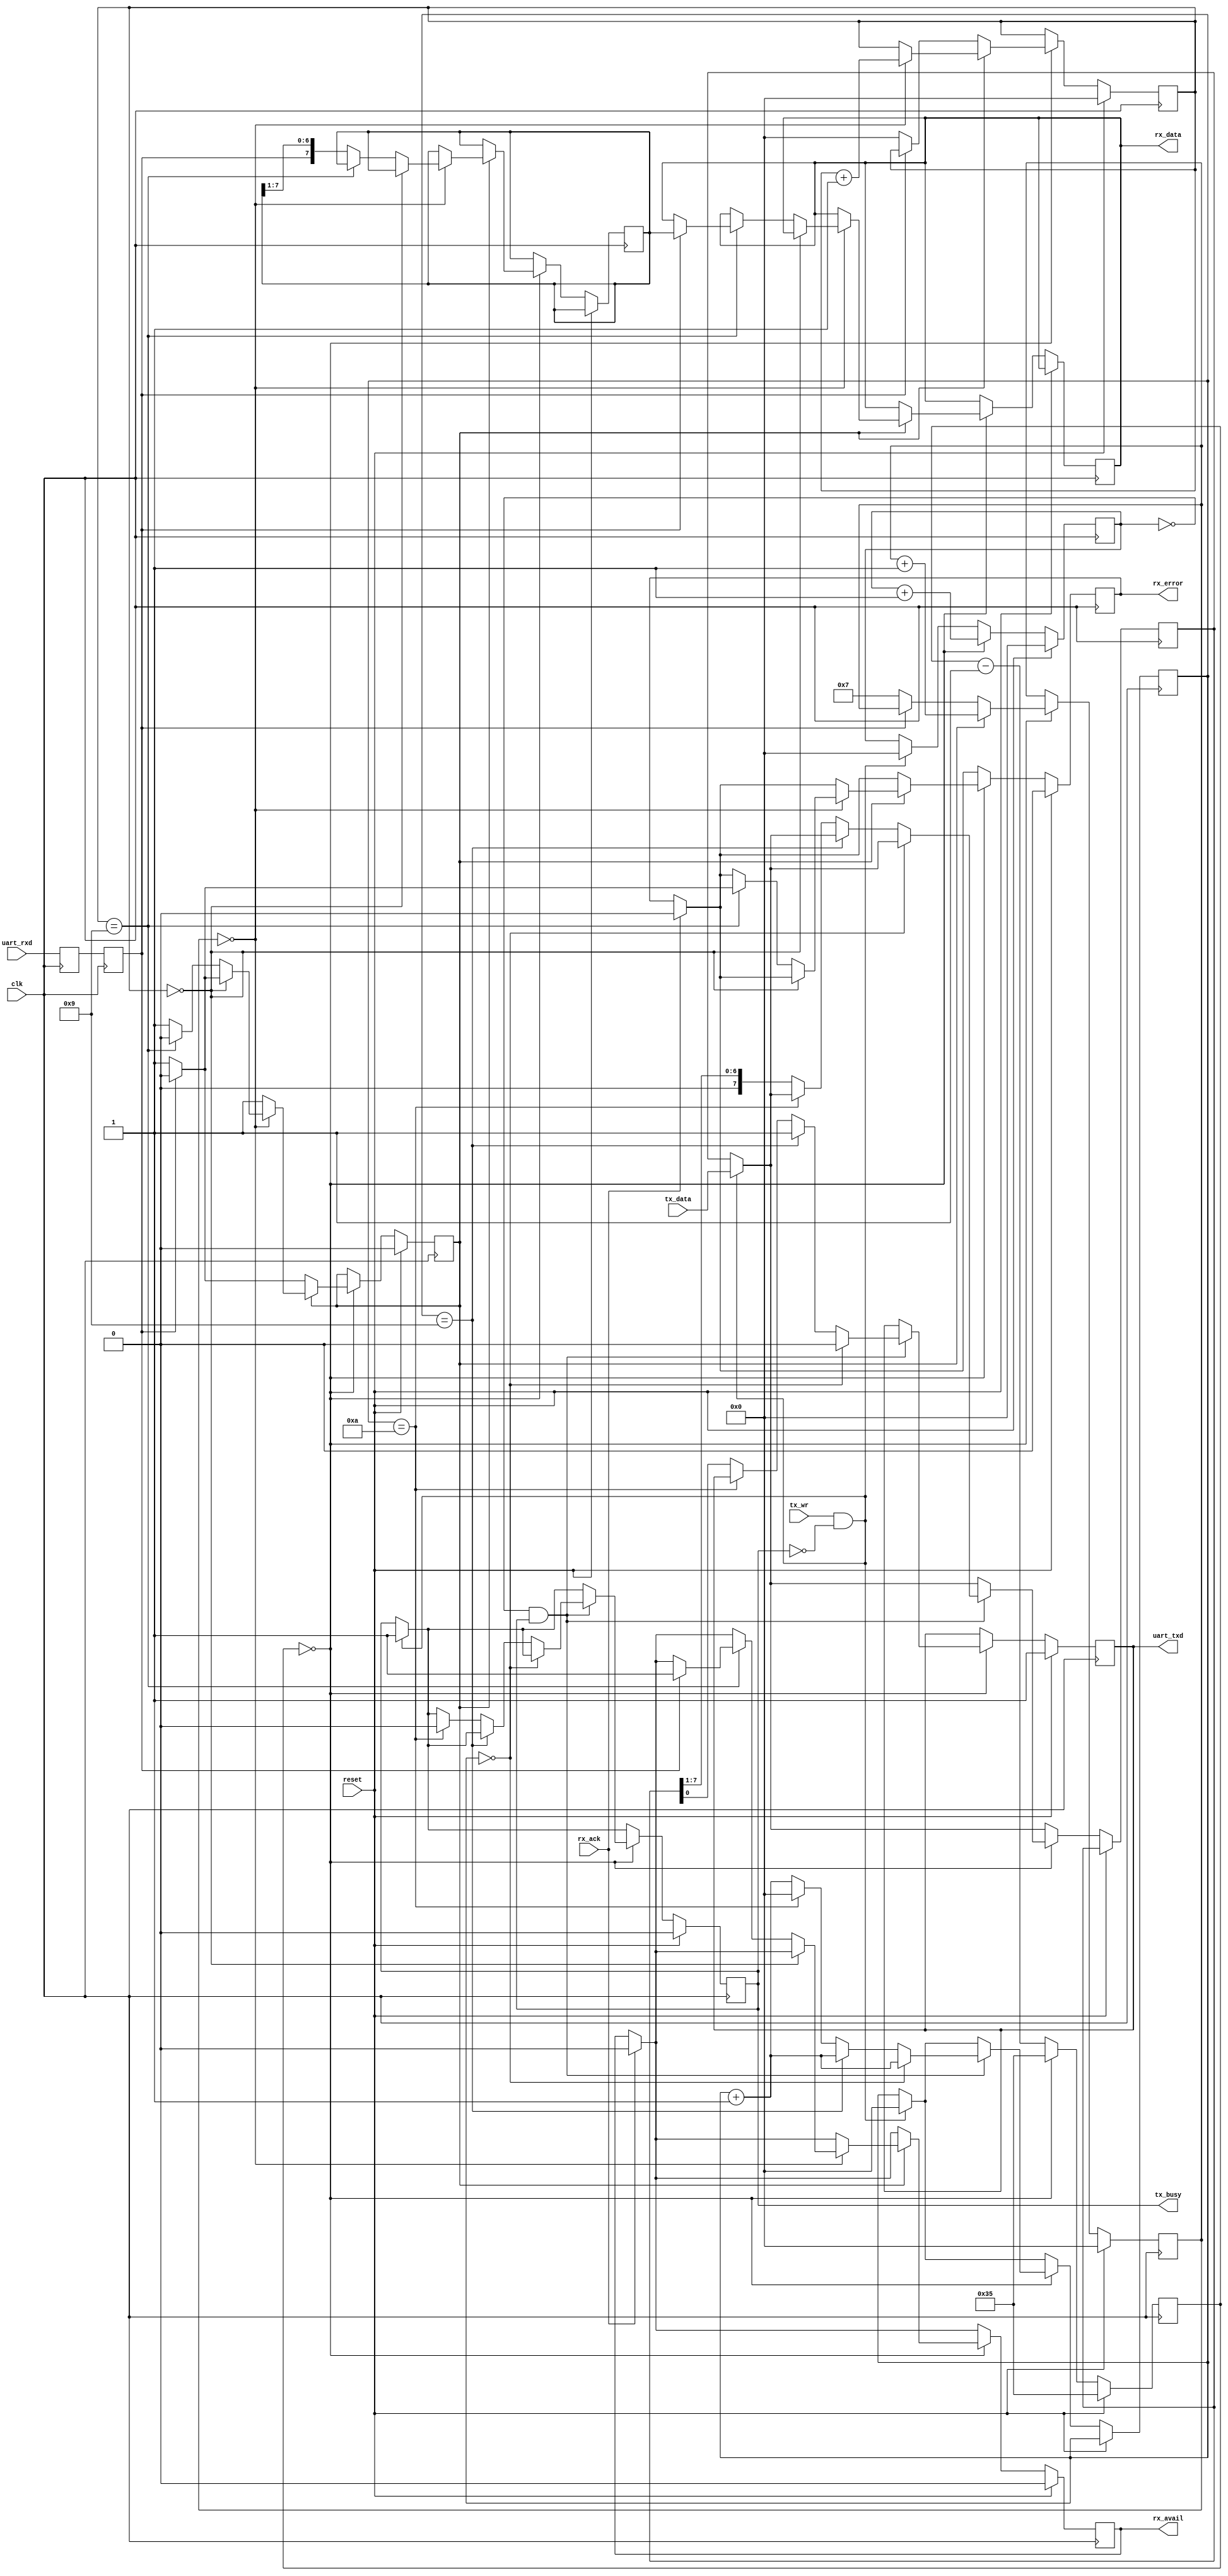
//-----------------------------------------------------
// Design Name : uart 
//-----------------------------------------------------
module uart #(
	parameter          freq_hz = 100000000,
	parameter          baud    = 115200
) (
	input              reset,
	input              clk,
	// UART lines
	input              uart_rxd,
	output reg         uart_txd,
	// 
	output reg [7:0]   rx_data,
	output reg         rx_avail,
	output reg         rx_error,
	input              rx_ack,
	input      [7:0]   tx_data,
	input              tx_wr,
	output reg         tx_busy
);


/*
                   ____________
 clk     -------->|            |--------> rx_error                     |
 reset   -------->|            |--------> rx_avail                     |CONTROL SIGNALS 
 		  |            |--------> tx_busy                      |
 rx_ack  -------->|     UART   |--------> rx_data //data recibida
 tx_data -------->|            |	                                |
 tx_wr   -------->|            |--------> uart_txd                      |DATA SIGNALS
 		  |____________|<-------- uart_rxd		        |


rx=  receiver
tx= trasnmitter
*/




parameter divisor = freq_hz/baud/16;

//-----------------------------------------------------------------
// enable16 generator
//-----------------------------------------------------------------
reg [15:0] enable16_counter;

wire    enable16;
assign  enable16 = (enable16_counter == 0);

always @(posedge clk)
begin
	if (reset) begin
		enable16_counter <= divisor-1;
	end else begin
		enable16_counter <= enable16_counter - 1;
		if (enable16_counter == 0) begin
			enable16_counter <= divisor-1;
		end
	end
end

//-----------------------------------------------------------------
// syncronize uart_rxd
//-----------------------------------------------------------------
reg uart_rxd1;
reg uart_rxd2;

always @(posedge clk)
begin
	uart_rxd1 <= uart_rxd;
	uart_rxd2 <= uart_rxd1;
end

//-----------------------------------------------------------------
// UART RX Logic
//-----------------------------------------------------------------
reg       rx_busy;
reg [3:0] rx_count16;
reg [3:0] rx_bitcount;
reg [7:0] rxd_reg;

always @ (posedge clk)
begin
	if (reset) begin
		rx_busy     <= 0;
		rx_count16  <= 0;
		rx_bitcount <= 0;
		rx_avail    <= 0;
		rx_error    <= 0;
	end else begin 
		if (rx_ack) begin
			rx_avail <= 0;
			rx_error <= 0;
		end

		if (enable16) begin
			if (!rx_busy) begin           // look for start bit
				if (!uart_rxd2) begin     //     start bit found
					rx_busy     <= 1;
					rx_count16  <= 7;
					rx_bitcount <= 0;
				end
			end else begin
				rx_count16 <= rx_count16 + 1;

				if (rx_count16 == 0) begin      // sample 
					rx_bitcount <= rx_bitcount + 1;

					if (rx_bitcount == 0) begin          // verify startbit
						if (uart_rxd2) begin
							rx_busy <= 0;
						end
					end else if (rx_bitcount == 9) begin // look for stop bit
						rx_busy <= 0;
						if (uart_rxd2) begin             //   stop bit ok
							rx_data  <= rxd_reg;
							rx_avail <= 1;
							rx_error <= 0;
						end else begin                  //   bas stop bit
							rx_error <= 1;
						end
					end else begin
						rxd_reg <= { uart_rxd2, rxd_reg[7:1] };
					end
				end
			end 
		end
	end
end

//-----------------------------------------------------------------
// UART TX Logic
//-----------------------------------------------------------------
reg [3:0] tx_bitcount;
reg [3:0] tx_count16;
reg [7:0] txd_reg;

always @ (posedge clk)
begin
	if (reset) begin
		tx_busy     <= 0;
		uart_txd    <= 1;
		tx_count16  <= 0;
	end else begin
		if (tx_wr && !tx_busy) begin
			txd_reg     <= tx_data;
			tx_bitcount <= 0;
			tx_count16  <= 0;
			tx_busy     <= 1;
		end 

		if (enable16) begin
			tx_count16  <= tx_count16 + 1;

			if ((tx_count16 == 0) && tx_busy) begin
				tx_bitcount <= tx_bitcount + 1;
				
				if (tx_bitcount == 0) begin
					uart_txd <= 'b0;
				end else if (tx_bitcount ==  9) begin
					uart_txd <= 'b1;
				end else if (tx_bitcount == 10) begin
					tx_bitcount <= 0;
					tx_busy  <= 0;
				end else begin
					uart_txd <= txd_reg[0];
					txd_reg  <= { 1'b0, txd_reg[7:1] };
				end
			end

		end
	end
end


endmodule